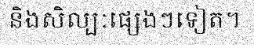
និងសិល្បៈផ្សេងៗទៀត។